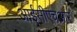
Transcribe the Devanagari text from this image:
आईसीएचआर